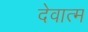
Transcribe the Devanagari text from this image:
देवात्म